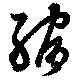
縮